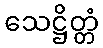
သေဋ္ဌိတ္တံ